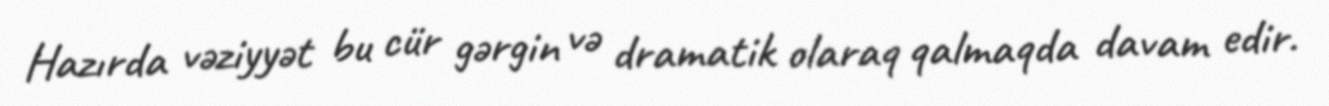
Hazırda vəziyyət bu cür gərgin və dramatik olaraq qalmaqda davam edir.